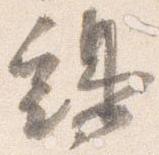
鶏